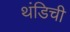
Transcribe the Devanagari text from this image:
थंडिची